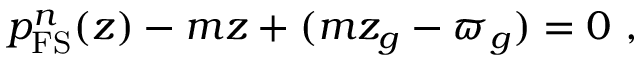
p _ { \mathrm { F S } } ^ { n } ( z ) - m z + ( m z _ { g } - \varpi _ { g } ) = 0 \ ,